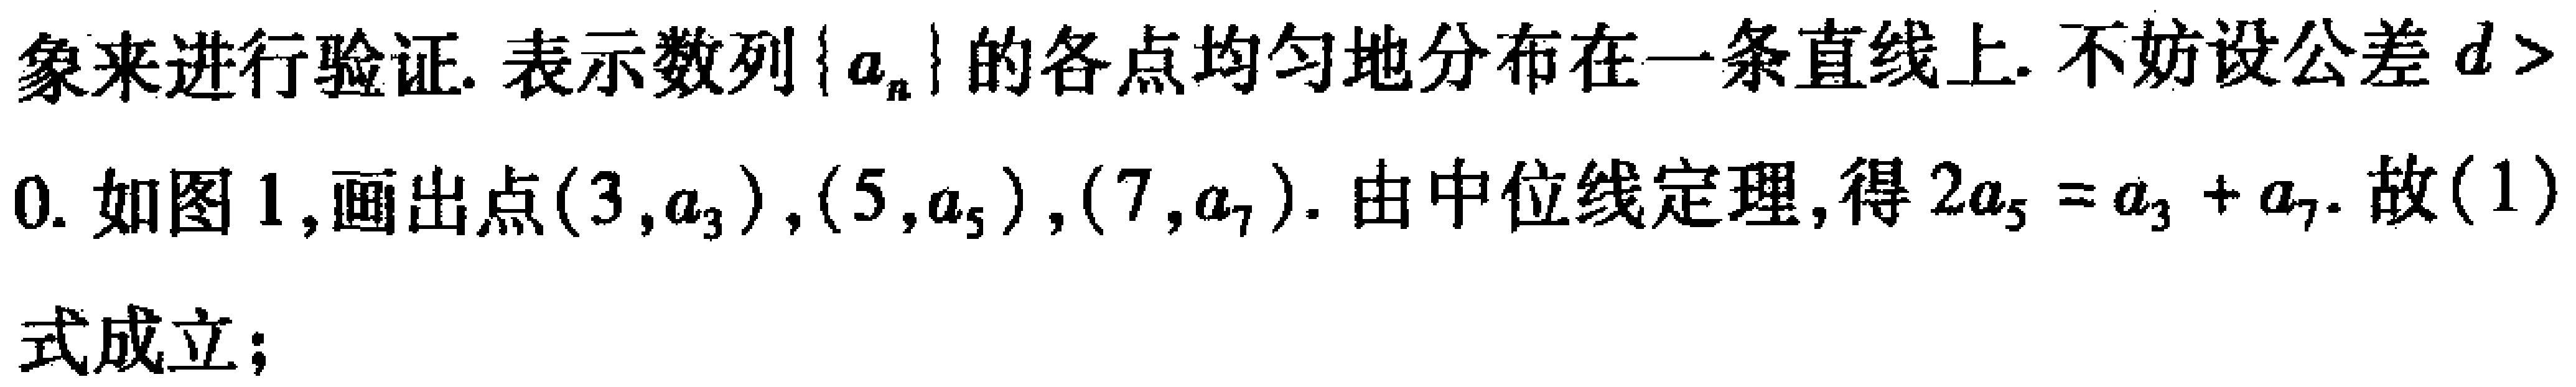
象来进行验证. 表示数列\(\{ a_{n}\}\)的各点均匀地分布在一条直线上. 不妨设公差\(d >\)
0. 如图 1,画出点\((3,a_{3})\),\((5,a_{5})\),\((7,a_{7})\). 由中位线定理,得\(2a_{5}=a_{3}+a_{7}\). 故(1)
式成立；